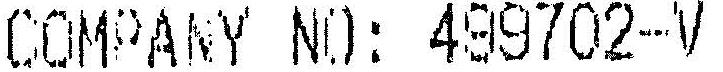
COMPANY NO: 499702-V